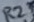
Text: R21